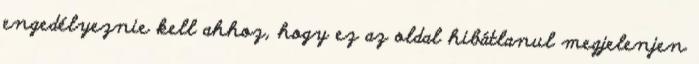
engedélyeznie kell ahhoz, hogy ez az oldal hibátlanul megjelenjen